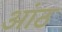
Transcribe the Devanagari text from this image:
आंठ